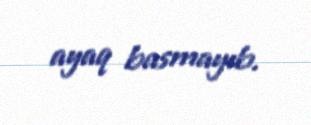
ayaq basmayıb.